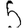
Digit: 5